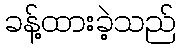
ခန့်ထားခဲ့သည်